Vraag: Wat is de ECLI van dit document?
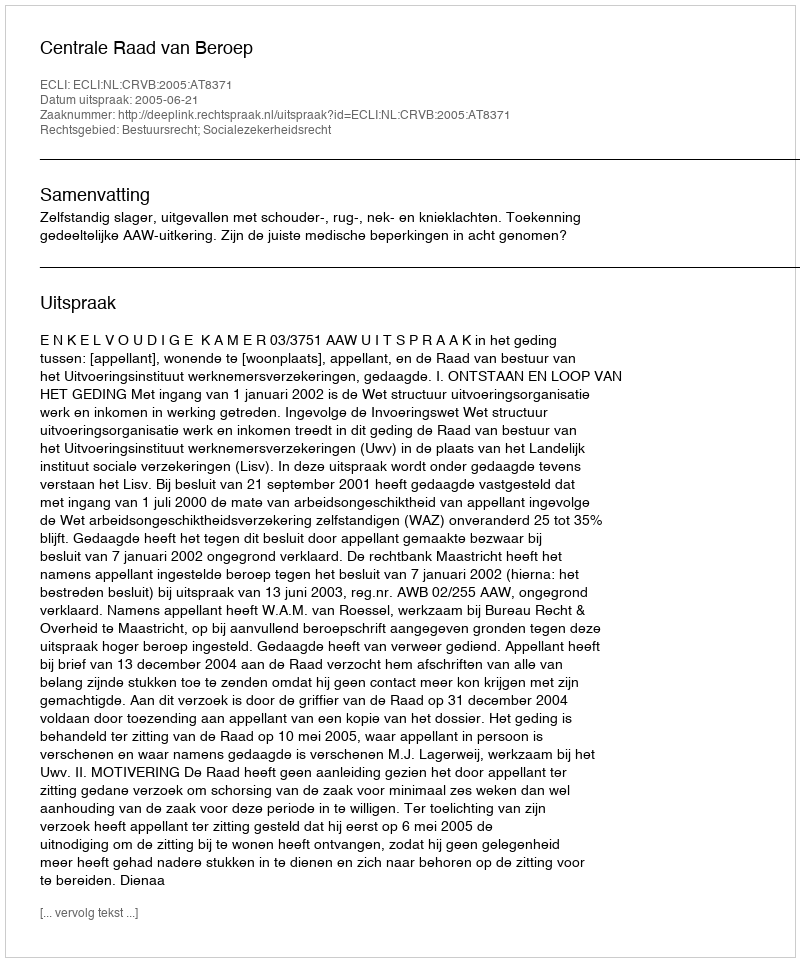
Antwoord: ECLI:NL:CRVB:2005:AT8371